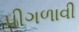
પીગળાવી